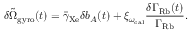
\delta \tilde { \Omega } _ { \mathrm { g y r o } } ( t ) = \bar { \gamma } _ { \mathrm { X e } } \delta b _ { A } ( t ) + \xi _ { \omega _ { \mathrm { c a l } } } \frac { \delta \Gamma _ { \mathrm { R b } } ( t ) } { \Gamma _ { \mathrm { R b } } } .